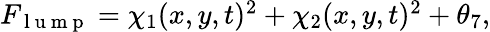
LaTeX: \begin{array}{r}{F_{\mathrm{~l~u~m~p~}}=\chi_{1}(x,y,t)^{2}+\chi_{2}(x,y,t)^{2}+\theta_{7},}\end{array}